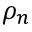
\rho _ { n }